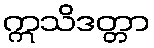
ဣသိဒတ္တာ